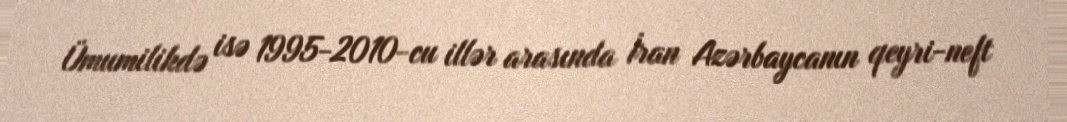
Ümumilikdə isə 1995-2010-cu illər arasında İran Azərbaycanın qeyri-neft